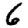
Digit: 6